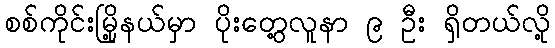
စစ်ကိုင်းမြို့နယ်မှာ ပိုးတွေ့လူနာ ၉ ဦး ရှိတယ်လို့